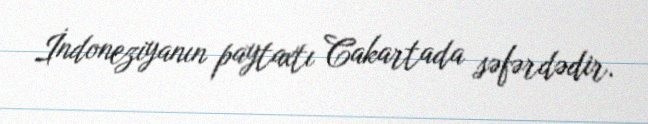
İndoneziyanın paytaxtı Cakartada səfərdədir.